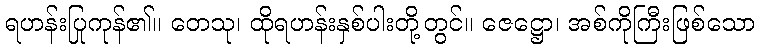
ရဟန်းပြုကုန်၏။ တေသု၊ ထိုရဟန်းနှစ်ပါးတို့တွင်။ ဇေဋ္ဌော၊ အစ်ကိုကြီးဖြစ်သော